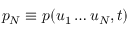
p _ { N } \equiv p ( u _ { 1 } \dots u _ { N } , t )